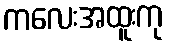
ကလေးအထူးကု